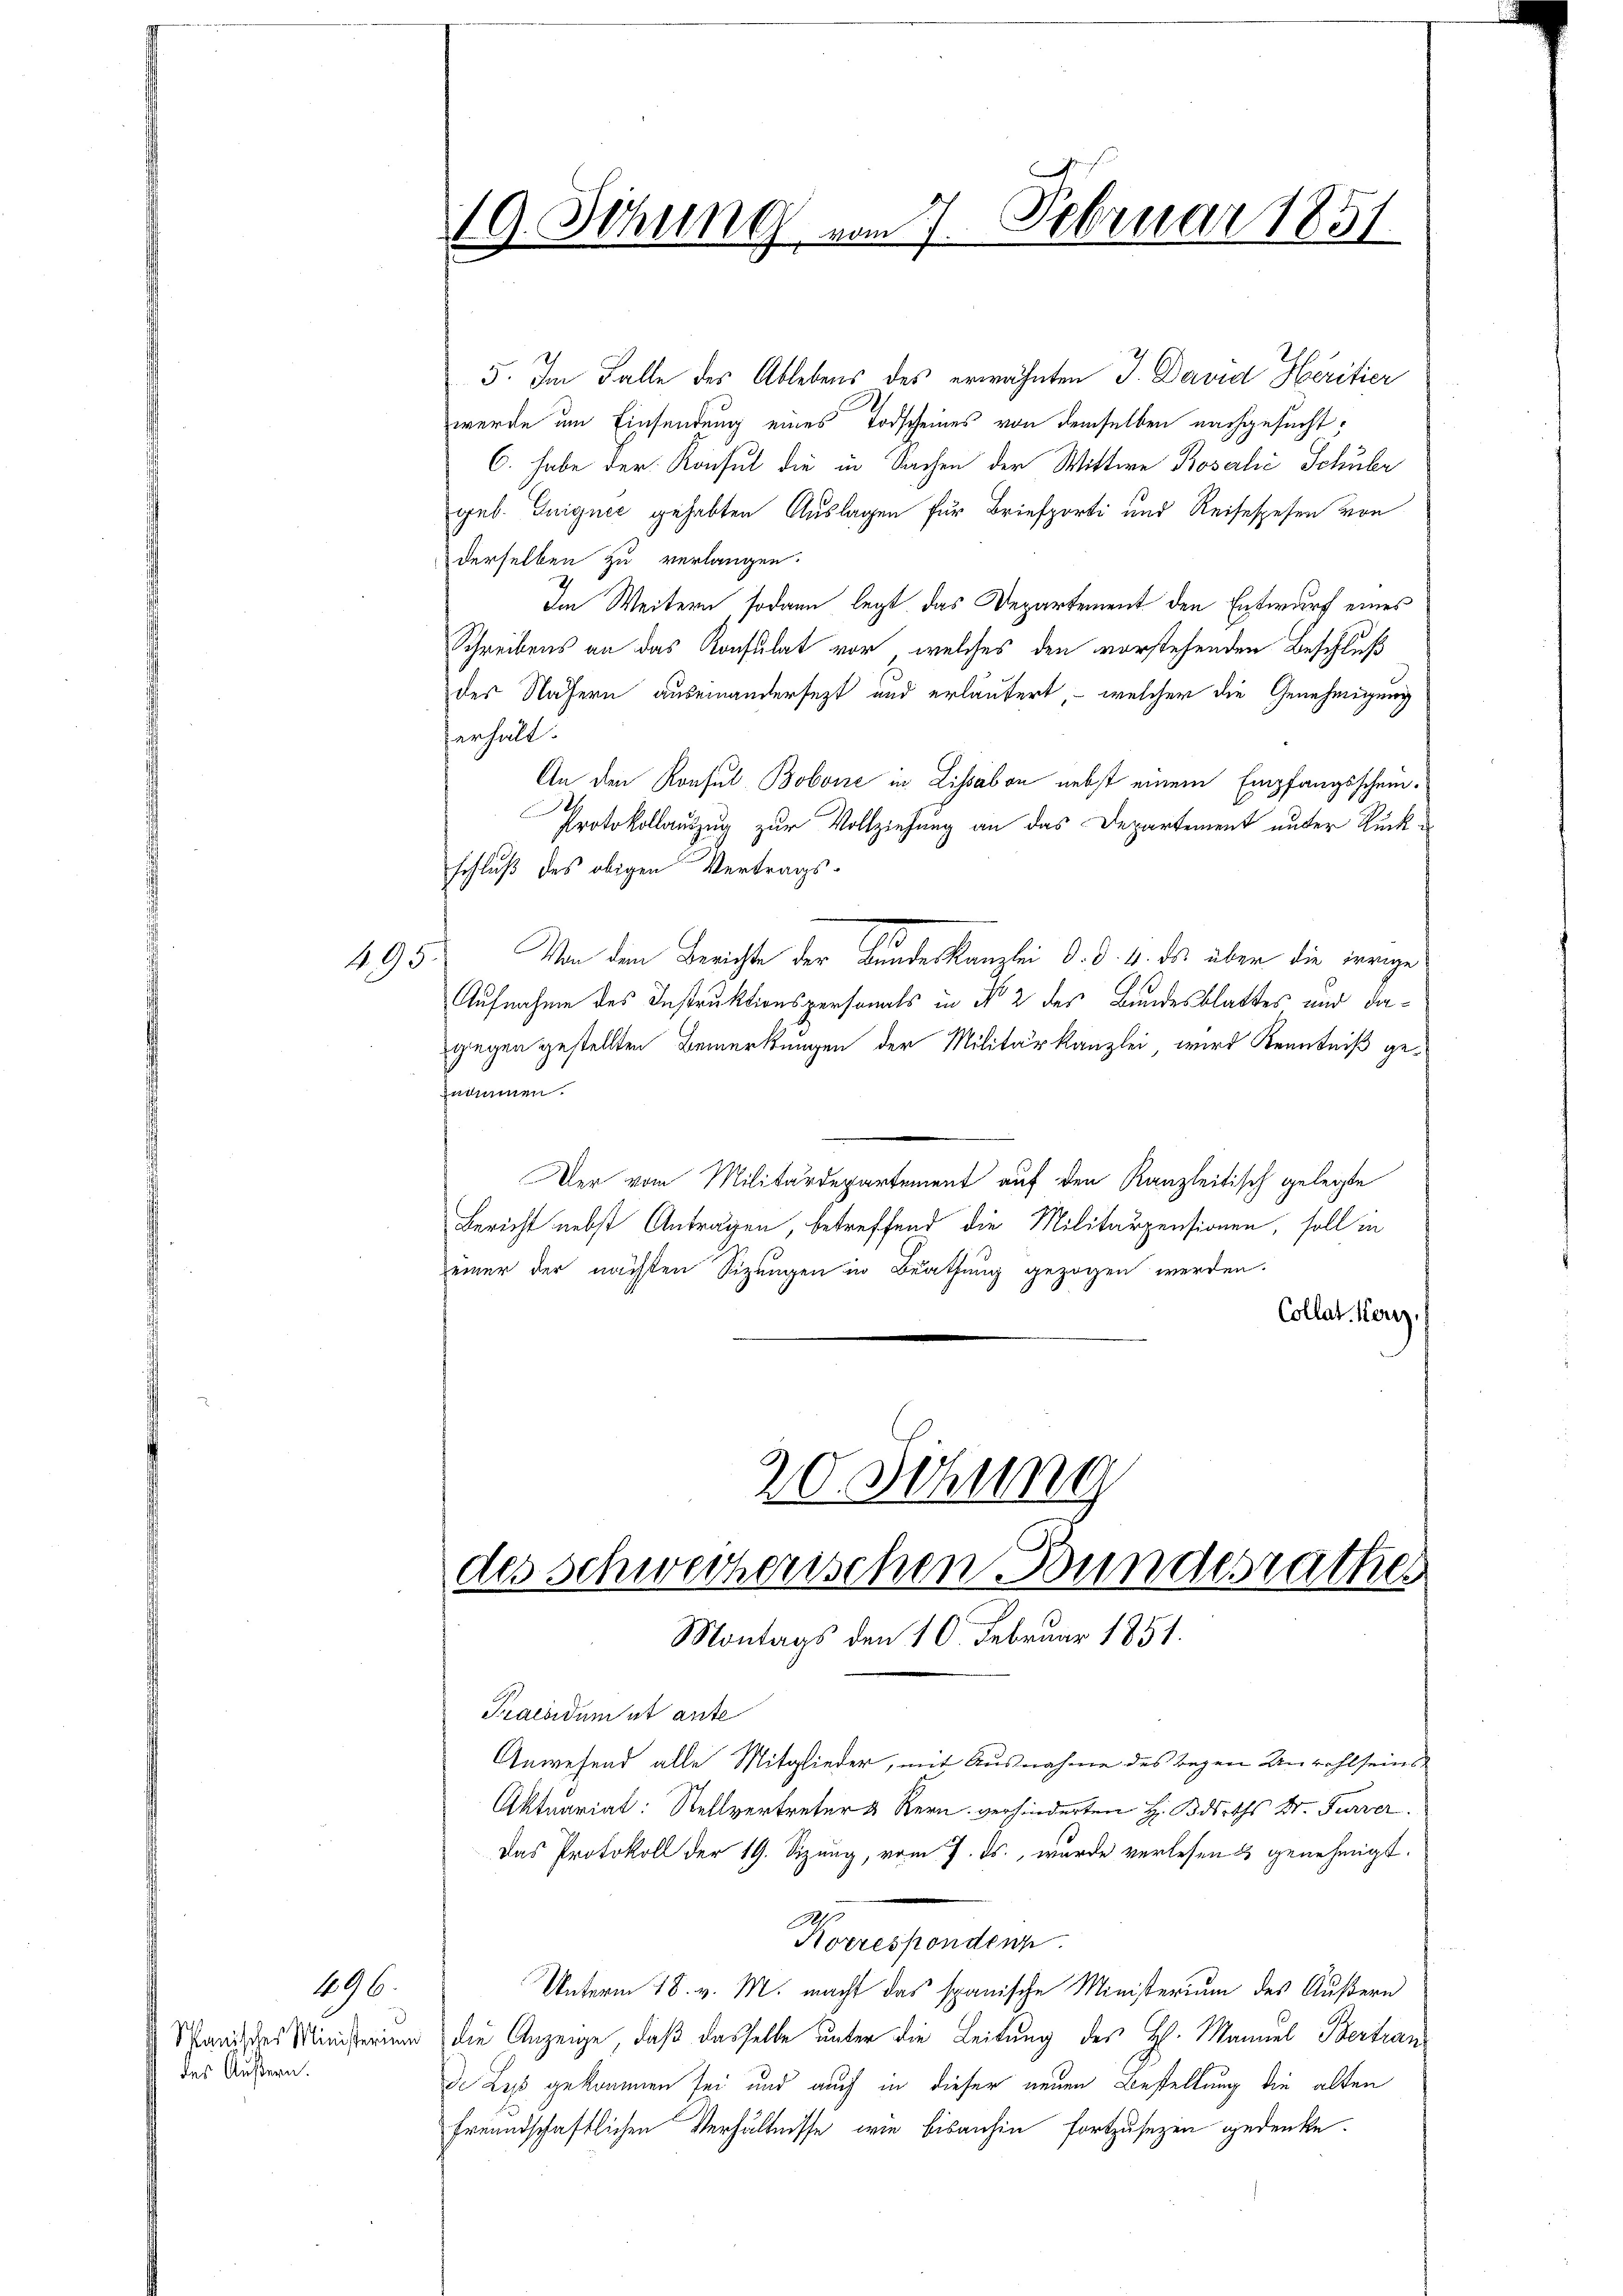
495. 1

196.
Spanisches Ministerium
des Äußern.

19. Sitzung vom 7. Februar 1857
2

5. Im Falle des Ablebens des erwähnten J. David Heritier
werde um Einsendung eines Todscheines von demselben nachgesucht,
C. habe der Konsul die in Sachen der Wittwe Rosalić Schuber
geb. Guignec gehabten Auslagen für Briefporti und Reisespesen von
derselben zu verlangen.
Im Weitern, sodann legt das Departement den Entwurf eines
Schreibens an das Konsulat vor, welches den vorstehenden Beschluß
des Nähern auseinandersezt und erläufert - welcher die Genehmigung
verhält.
An den Konsul Bobone in Lissabon nebst einem Empfangsschein¬
Protokollauszug zur Vollziehung an das Departement unter Rückschluß des obigen Vertrags¬
Von dem Berichte der Bundeskanzlei d. d. 4. ds über die irrige
Aufnahme des Instruktionspersonals in No 2 des Bundesblattes und dagegen gestellten Bemerkungen der Militärkanzlei wird Kenntniß genommen.
Der vom Militärdepartement auf den Kanzleitisch gelegte
Bericht nebst Antragen, betreffend die Militärpensionen, soll in
einer der nächsten Sitzungen in Beathung gezogen werden.
Collat. Herr

20. Sitzung
des Schweizerischen Bundesrathes
Montags den 10. Februar 1851.

Praesidum et ante
Anwesend alle Mitglieder, mit Ausnahme des begen Unwohlseins¬
Aktuariat: Stellvertreter & Stern verhinderten H. Biseths Dr. Furrer.
Das Protokoll der 19. Sizung, vom 7. ds., wurde verlesen & genehmigt.
1
Norresponden.
Unterm 18. v. M. macht das spanische Ministerium des Äußern
die Anzeige, daß dasselbe unter die Leitung des H. Manuel Bertran
de Les gekommen sei und auch in dieser neuen Bestellung die alten
freundschaftlichen Verhältnisse, wie bisanhin fortzusetzen gedenke.